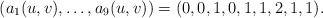
\begin{align*}(a_1(u,v),\ldots,a_{9}(u,v))=(0,0,1,0,1,1,2,1,1).\end{align*}